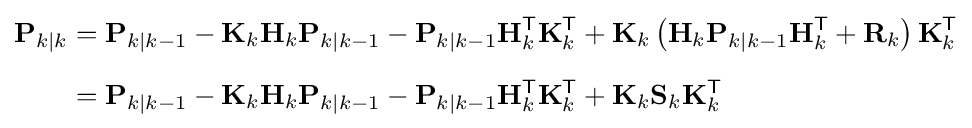
{\begin{aligned}\mathbf {P} _{k\mid k}&=\mathbf {P} _{k\mid k-1}-\mathbf {K} _{k}\mathbf {H} _{k}\mathbf {P} _{k\mid k-1}-\mathbf {P} _{k\mid k-1}\mathbf {H} _{k}^{\textsf {T}}\mathbf {K} _{k}^{\textsf {T}}+\mathbf {K} _{k}\left(\mathbf {H} _{k}\mathbf {P} _{k\mid k-1}\mathbf {H} _{k}^{\textsf {T}}+\mathbf {R} _{k}\right)\mathbf {K} _{k}^{\textsf {T}}\\[6pt]&=\mathbf {P} _{k\mid k-1}-\mathbf {K} _{k}\mathbf {H} _{k}\mathbf {P} _{k\mid k-1}-\mathbf {P} _{k\mid k-1}\mathbf {H} _{k}^{\textsf {T}}\mathbf {K} _{k}^{\textsf {T}}+\mathbf {K} _{k}\mathbf {S} _{k}\mathbf {K} _{k}^{\textsf {T}}\end{aligned}}